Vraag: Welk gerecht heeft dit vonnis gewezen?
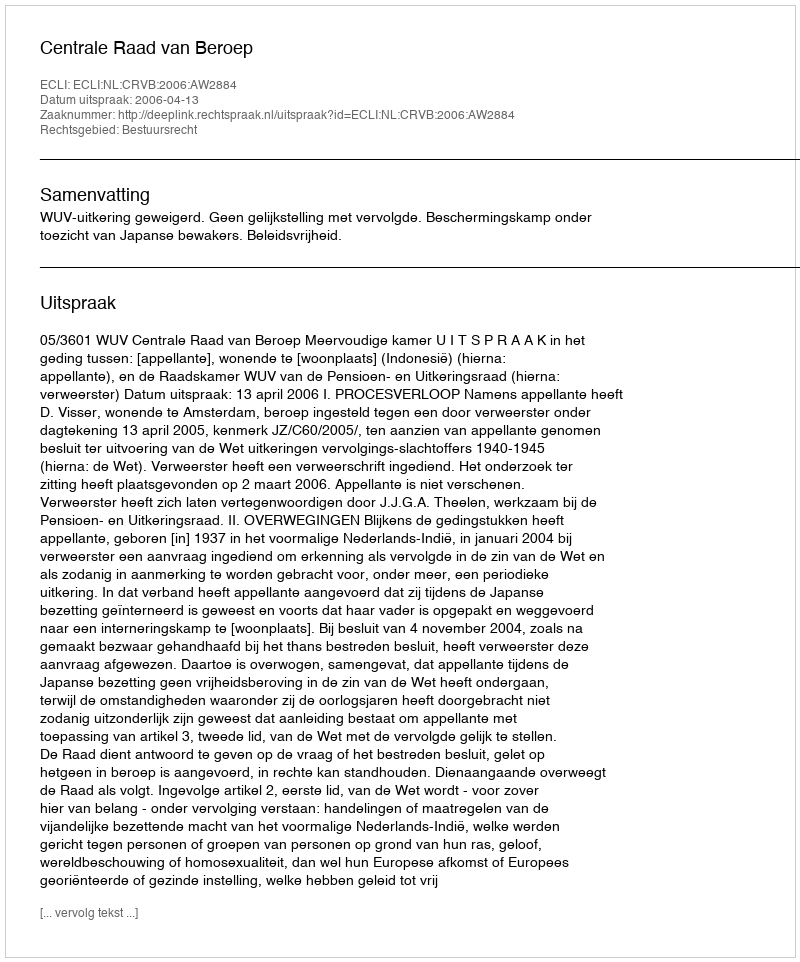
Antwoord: Centrale Raad van Beroep